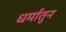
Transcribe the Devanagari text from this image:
धर्मातुन